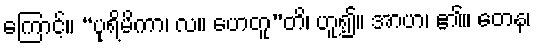
ကြောင့်။ “ပုရိမိကာ၊ လ။ ဟေတူ”တိ၊ ဟူ၍။ အာဟ၊ ၏။ တေန၊